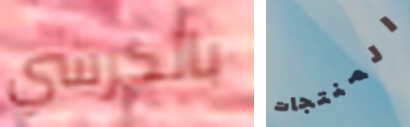
بالكرسي المنتجات